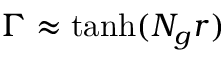
\Gamma \approx \operatorname { t a n h } ( N _ { g } r )